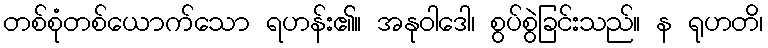
တစ်စုံတစ်ယောက်သော ရဟန်း၏။ အနုဝါဒေါ၊ စွပ်စွဲခြင်းသည်။ န ရုဟတိ၊